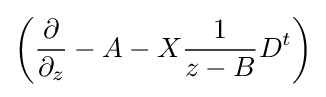
\left({\frac {\partial }{\partial _{z}}}-A-X{\frac {1}{z-B}}D^{t}\right)